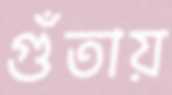
গুঁতায়